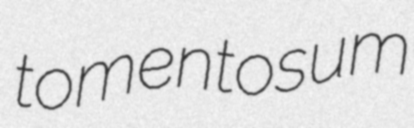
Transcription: tomentosum